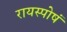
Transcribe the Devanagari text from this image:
रायस्पोषं